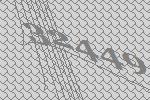
32449